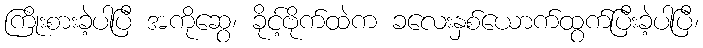
ကြိုးစားခဲ့ပါပြီ အကိုဆွေ၊ ခိုင့်ဗိုက်ထဲက ခလေးနှစ်ယောက်ထွက်ပြီးခဲ့ပါပြီ၊